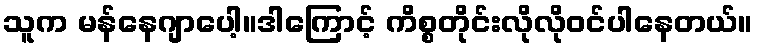
သူက မန်နေဂျာပေါ့။ဒါကြောင့် ကိစ္စတိုင်းလိုလိုဝင်ပါနေတယ်။